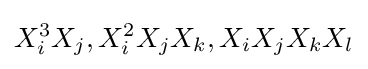
X_{i}^{3}X_{j},X_{i}^{2}X_{j}X_{k},X_{i}X_{j}X_{k}X_{l}